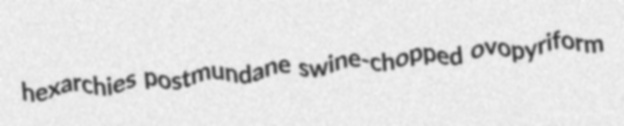
hexarchies postmundane swine-chopped ovopyriform